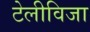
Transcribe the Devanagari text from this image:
टेलीविजा